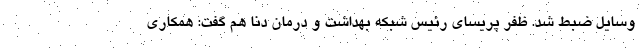
وسایل ضبط شد. ظفر پریسای رئیس شبکه بهداشت و درمان دنا هم گفت: همکاری